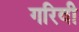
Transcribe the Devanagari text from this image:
गरिवी